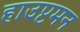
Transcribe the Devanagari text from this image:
हाउप्टमन